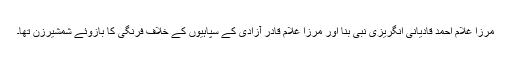
مرزا غلام احمد قادیانی انگریزی نبی بنا اور مرزا غلام قادر آزادی کے سپاہیوں کے خلاف فرنگی کا بازوئے شمشیرزن تھا۔